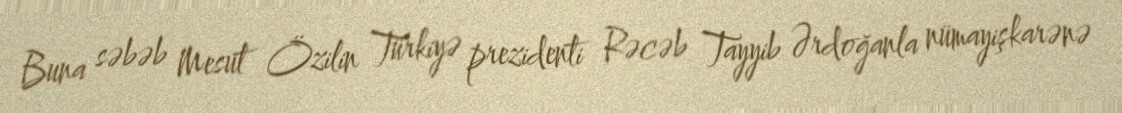
Buna səbəb Mesut Özilin Türkiyə prezidenti Rəcəb Tayyib Ərdoğanla nümayişkarənə